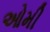
ઓમી